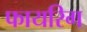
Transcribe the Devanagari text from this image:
फायरिग